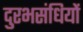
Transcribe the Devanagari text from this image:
दुरभसंधियों